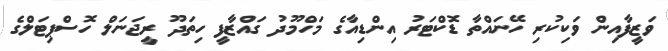
ވަޒީފާއިން ވަކިކުރި ހޭނައްތާ ޑޮކްޓަރު އިންޑިއާގެ މަހްމޫދު ގައްޒާފީ ހިތަދޫ ރީޖަނަލް ހޮސްޕިޓަލްގެ